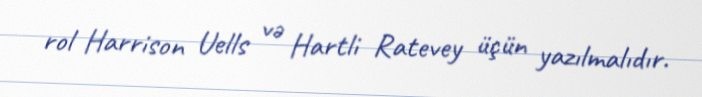
rol Harrison Uells və Hartli Ratevey üçün yazılmalıdır.